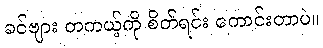
ခင်ဗျား တကယ့်ကို စိတ်ရင်း ကောင်းတာပဲ။